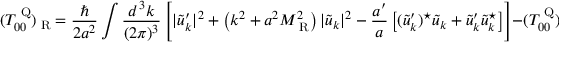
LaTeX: ( T _ { 0 0 } ^ { \mathrm { { \tiny ~ Q } } } ) _ { \mathrm { { \tiny ~ R } } } = \frac { \hbar } { 2 a ^ { 2 } } \int \frac { d ^ { \, 3 } k } { ( 2 \pi ) ^ { 3 } } \left[ | \tilde { u } _ { k } ^ { \prime } | ^ { 2 } + \left( k ^ { 2 } + a ^ { 2 } M _ { \mathrm { { \tiny ~ R } } } ^ { 2 } \right) | \tilde { u } _ { k } | ^ { 2 } - \frac { a ^ { \prime } } { a } \left[ ( \tilde { u } _ { k } ^ { \prime } ) ^ { \star } \tilde { u } _ { k } + \tilde { u } _ { k } ^ { \prime } \tilde { u } _ { k } ^ { \star } \right] \right] - ( T _ { 0 0 } ^ { \mathrm { { \tiny ~ Q } } } ) _ { \mathrm { { \tiny ~ a d 4 } } } ,